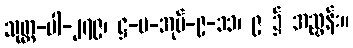
သုတ္တ-ပါ-၂၇၉၊ ဋ္ဌ-ပ-အုပ်-၉-၁၁၊ ၉ ၌ အညွှန်း။